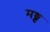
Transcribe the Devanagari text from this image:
मङ्त